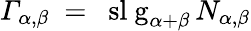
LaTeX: \mathit{\Gamma}_{\alpha,\beta}~=~\mathrm{\ sl~g}_{\alpha+\beta}\, N_{\alpha,\beta}